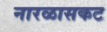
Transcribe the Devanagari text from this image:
नारळासकट